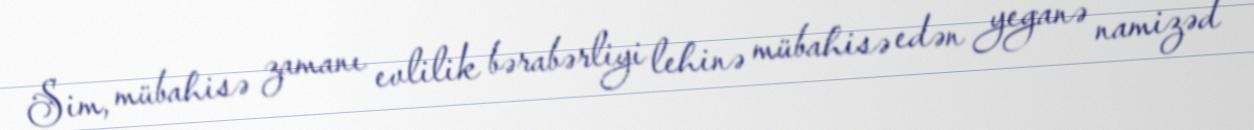
Sim, mübahisə zamanı evlilik bərabərliyi lehinə mübahisə edən yeganə namizəd